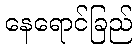
နေရောင်ခြည်